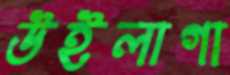
উইলাগা